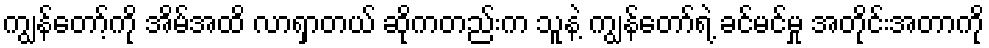
ကျွန်တော့်ကို အိမ်အထိ လာရှာတယ် ဆိုကတည်းက သူနဲ့ ကျွန်တော်ရဲ့ ခင်မင်မှု အတိုင်းအတာကို